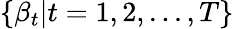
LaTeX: \{ \beta_{t}|t=1,2,...,T\}